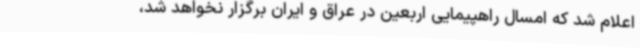
اعلام شد که امسال راهپیمایی اربعین در عراق و ایران برگزار نخواهد شد،